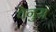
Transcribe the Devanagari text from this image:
वेनुस